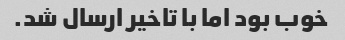
خوب بود اما با تاخیر ارسال شد.